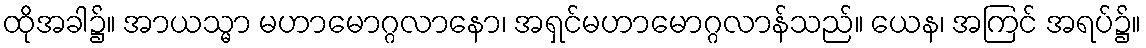
ထိုအခါ၌။ အာယသ္မာ မဟာမောဂ္ဂလာနော၊ အရှင်မဟာမောဂ္ဂလာန်သည်။ ယေန၊ အကြင် အရပ်၌။